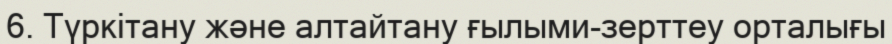
6. Түркітану және алтайтану ғылыми-зерттеу орталығы